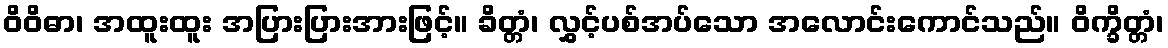
ဝိဝိဓာ၊ အထူးထူး အပြားပြားအားဖြင့်။ ခိတ္တံ၊ လွှင့်ပစ်အပ်သော အလောင်းကောင်သည်။ ဝိက္ခိတ္တံ၊